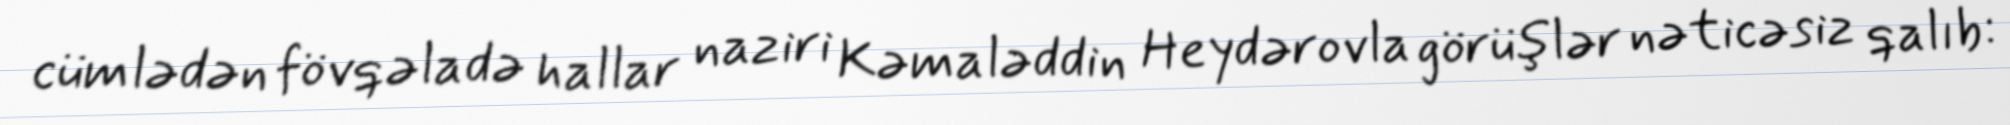
cümlədən fövqəladə hallar naziri Kəmaləddin Heydərovla görüşlər nəticəsiz qalıb: